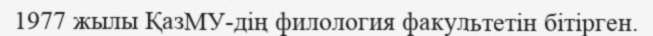
1977 жылы ҚазМУ-дің филология факультетін бітірген.